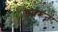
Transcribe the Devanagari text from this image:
ड़ंबरून